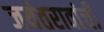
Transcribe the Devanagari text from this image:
जयंतरावांची